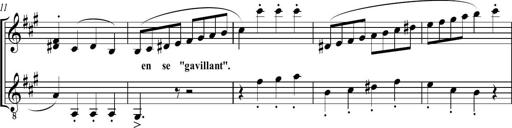
Title: Sonatine bureaucratique
Composer: Erik Satie